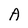
Character: A